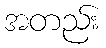
အတည်း